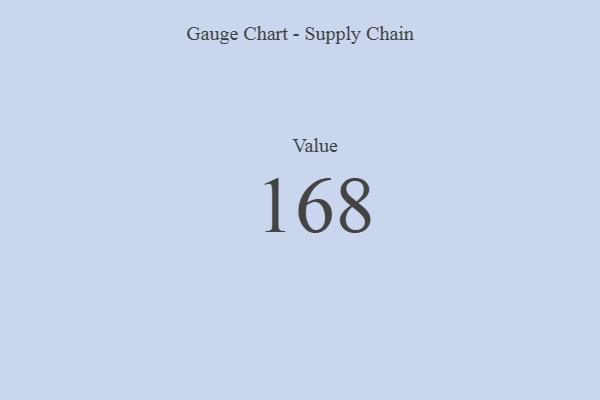
{"axis": {"x": "Metric", "y": "Value"}, "legend": [""], "data": [{"x": "Value", "y": 168, "type": ""}]}